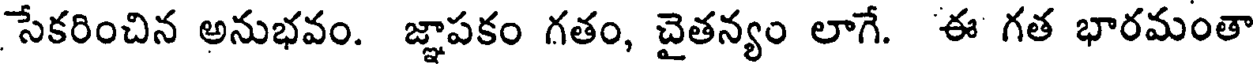
సేకరించిన అనుభవం. జ్ఞాపకం గతం, చైతన్యం లాగే. ఈ గత భారమంతా